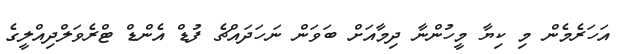
އަހަރެމެން މި ކިޔާ މީހުންނާ ދިމާއަށް ބަވަން ނަހަދައްޗެ ފުޑް އެންޑް ޓްރެވަލްދިއްލީގެ